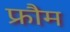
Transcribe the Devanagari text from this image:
फ्रौम